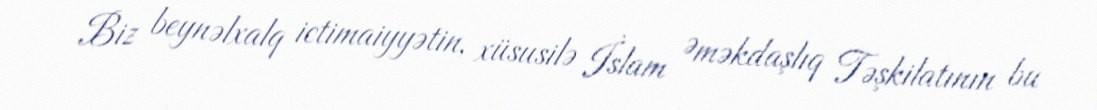
Biz beynəlxalq ictimaiyyətin, xüsusilə İslam Əməkdaşlıq Təşkilatının bu